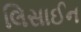
લિસાઈન